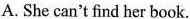
A. She can't find her book.